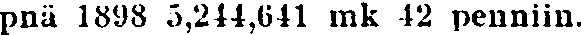
pnä 1898 5,244,641 mk 42 penniin.